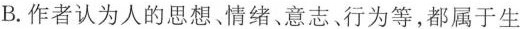
B.作者认为人的思想、情绪、意志、行为等，都属于生